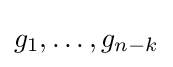
g_{1},\ldots ,g_{n-k}